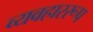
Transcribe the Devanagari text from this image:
व्यवहाररूप